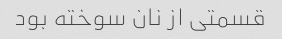
قسمتی از نان سوخته بود